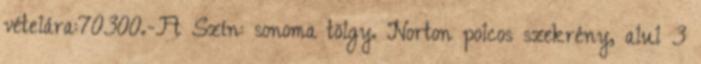
vételára:70300.-Ft Szín: sonoma tölgy. Norton polcos szekrény, alul 3